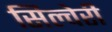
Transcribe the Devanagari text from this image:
सिल्वेरी